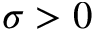
\sigma > 0